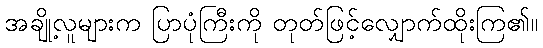
အချို့လူများက ပြာပုံကြီးကို တုတ်ဖြင့်လျှောက်ထိုးကြ၏။